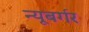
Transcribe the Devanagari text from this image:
न्यूबर्गर